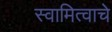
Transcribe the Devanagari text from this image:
स्वामित्वाचे